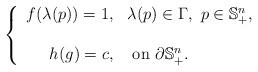
LaTeX: \begin{align*}\left\{\begin{array}{rl}f(\lambda(p))= 1,& \lambda(p)\in\Gamma, \, \, p\in \mathbb{S}^n_+,\\ \\h(g) = c, & \textrm{ on } \partial \mathbb{S}^n_+ .\end{array} \right. \end{align*}